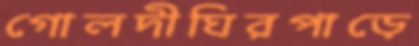
গোলদীঘিরপাড়ে